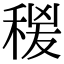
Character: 𥟛